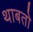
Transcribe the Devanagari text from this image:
थाबतो